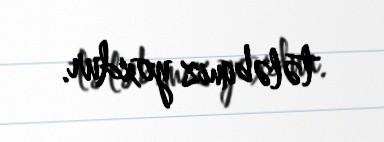
tələbimiz yoxdur.